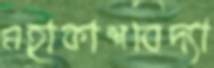
মহাকাশবিদ্যা